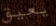
يعيق